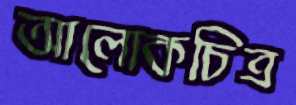
আলোকচিত্র